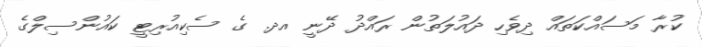
ކުރާ މަސައްކަތައް ދިވެހި ދައުލަތުން ރައްދު ދޭނީ އދ. ގެ ސެކިއުރިޓީ ކައުންސިލްގެ